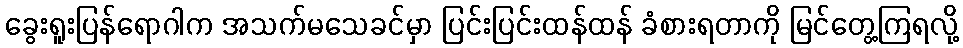
ခွေးရူးပြန်ရောဂါက အသက်မသေခင်မှာ ပြင်းပြင်းထန်ထန် ခံစားရတာကို မြင်တွေ့ကြရလို့